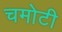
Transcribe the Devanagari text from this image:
चमोटी